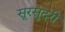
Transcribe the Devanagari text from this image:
सूरसुंदरी